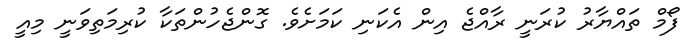
ފޯމް ތައްޔާރު ކުރަނީ ރާއްޖެ އިން އެކަނި ކަމަށެވެ. ގޮންޖެހުންތަކާ ކުރިމަތިވަނީ މިއީ